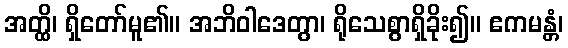
အတ္ထိ၊ ရှိတော်မူ၏။ အဘိဝါဒေတွာ၊ ရိုသေစွာရှိခိုး၍။ ဧကမန္တံ၊